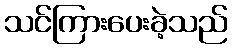
သင်ကြားပေးခဲ့သည်